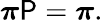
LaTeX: {\boldsymbol{\pi}}\mathsf{P}={\boldsymbol{\pi}}.